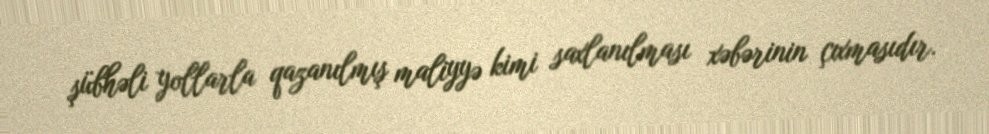
şübhəli yollarla qazanılmış maliyyə kimi saxlanılması xəbərinin çıxmasıdır.